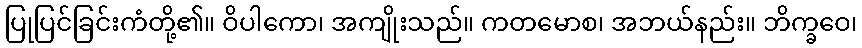
ပြုပြင်ခြင်းကံတို့၏။ ဝိပါကော၊ အကျိုးသည်။ ကတမောစ၊ အဘယ်နည်း။ ဘိက္ခဝေ၊